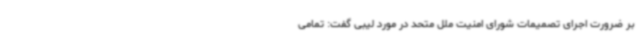
بر ضرورت اجرای تصمیمات شورای امنیت ملل متحد در مورد لیبی گفت: تمامی